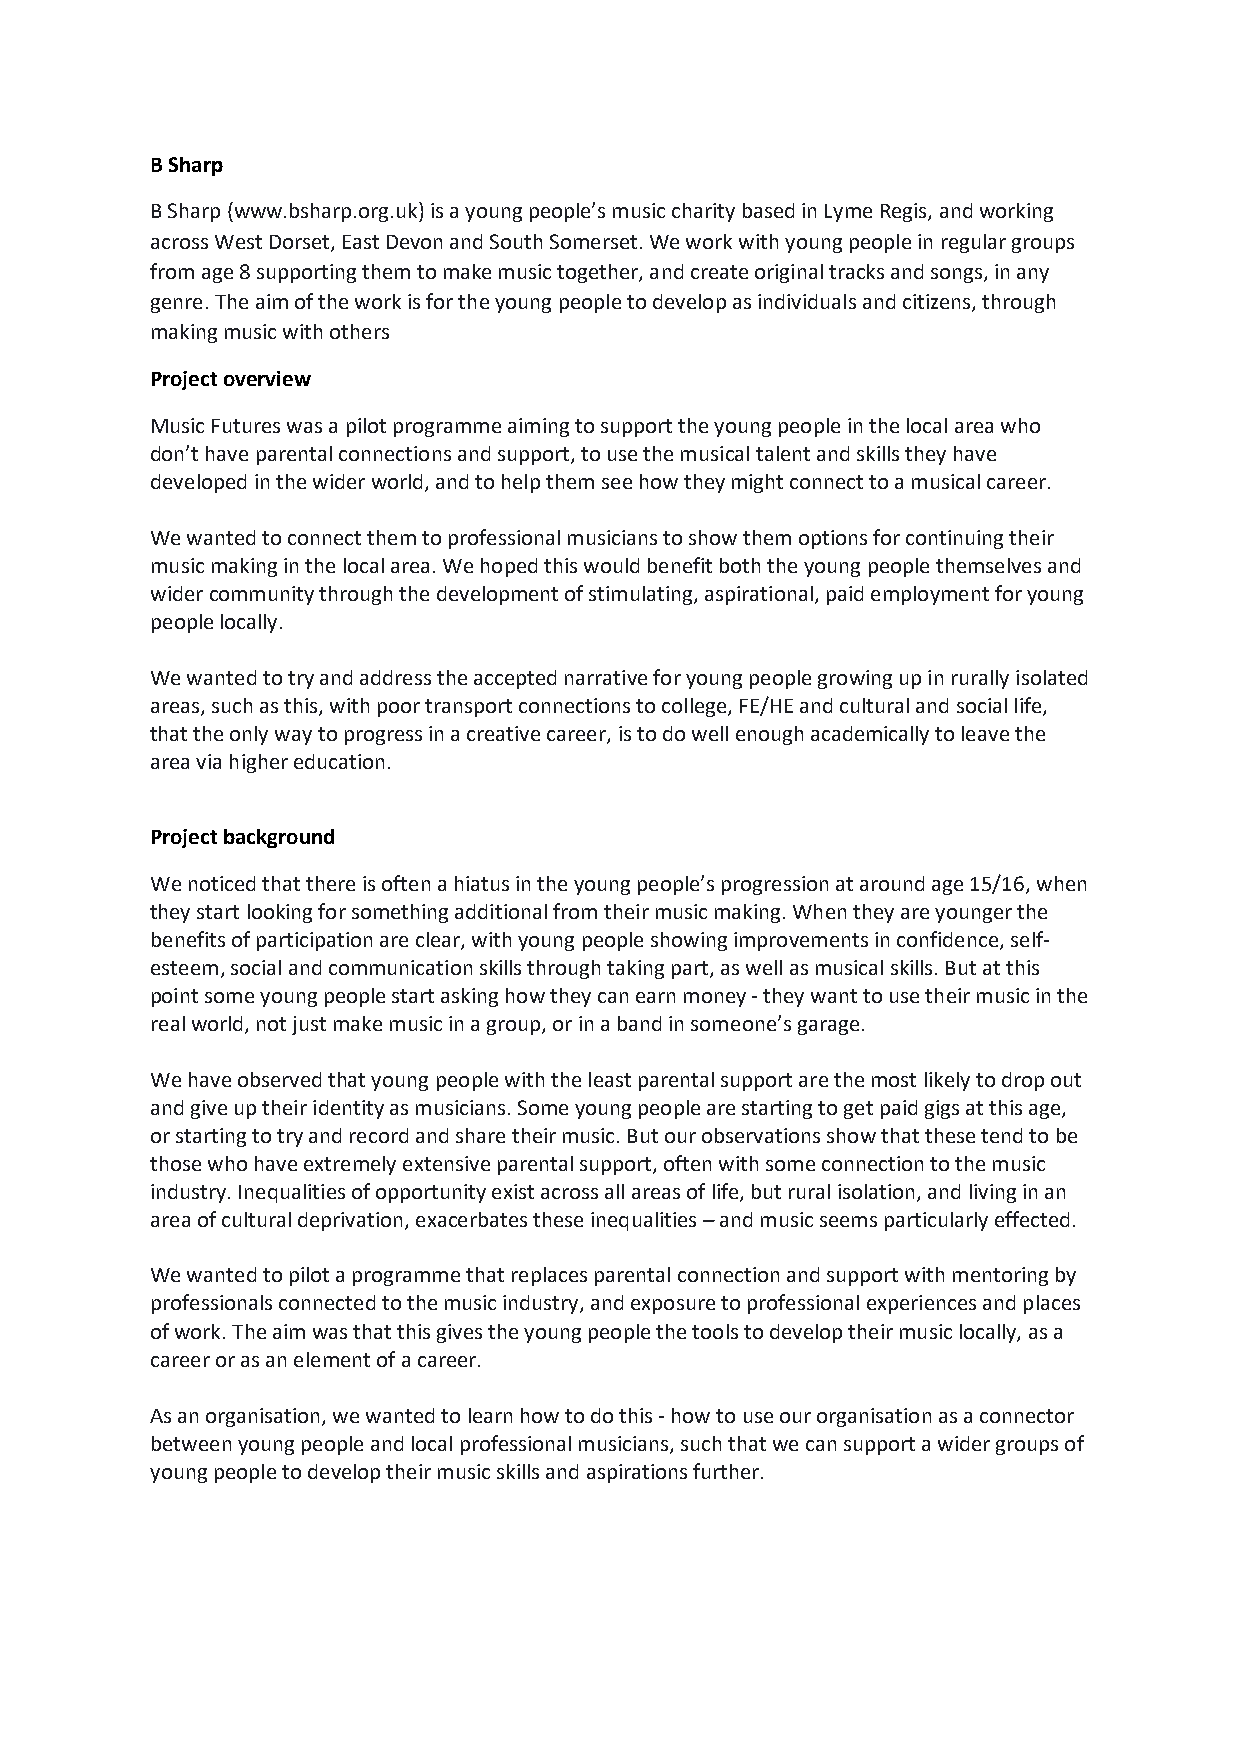
B Sharp
 B Sharp (www.bsharp.org.uk) is a young people’s music charity based in Lyme Regis, and working
 across West Dorset, East Devon and South Somerset. We work with young people in regular groups
 from age 8 supporting them to make music together, and create original tracks and songs, in any
 genre. The aim of the work is for the young people to develop as individuals and citizens, through
 making music with others
 Project overview
 Music Futures was a pilot programme aiming to support the young people in the local area who
 don’t have parental connections and support, to use the musical talent and skills they have
 developed in the wider world, and to help them see how they might connect to a musical career.
 We wanted to connect them to professional musicians to show them options for continuing their
 music making in the local area. We hoped this would benefit both the young people themselves and
 wider community through the development of stimulating, aspirational, paid employment for young
 people locally.
 We wanted to try and address the accepted narrative for young people growing up in rurally isolated
 areas, such as this, with poor transport connections to college, FE/HE and cultural and social life,
 that the only way to progress in a creative career, is to do well enough academically to leave the
 area via higher education.
 Project background
 We noticed that there is often a hiatus in the young people’s progression at around age 15/16, when
 they start looking for something additional from their music making. When they are younger the
 benefits of participation are clear, with young people showing improvements in confidence, self-
 esteem, social and communication skills through taking part, as well as musical skills. But at this
 point some young people start asking how they can earn money - they want to use their music in the
 real world, not just make music in a group, or in a band in someone’s garage.
 We have observed that young people with the least parental support are the most likely to drop out
 and give up their identity as musicians. Some young people are starting to get paid gigs at this age,
 or starting to try and record and share their music. But our observations show that these tend to be
 those who have extremely extensive parental support, often with some connection to the music
 industry. Inequalities of opportunity exist across all areas of life, but rural isolation, and living in an
 area of cultural deprivation, exacerbates these inequalities – and music seems particularly effected.
 We wanted to pilot a programme that replaces parental connection and support with mentoring by
 professionals connected to the music industry, and exposure to professional experiences and places
 of work. The aim was that this gives the young people the tools to develop their music locally, as a
 career or as an element of a career.
 As an organisation, we wanted to learn how to do this - how to use our organisation as a connector
 between young people and local professional musicians, such that we can support a wider groups of
 young people to develop their music skills and aspirations further.